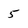
Character: 5